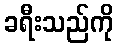
ခရီးသည်ကို